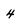
Character: 4